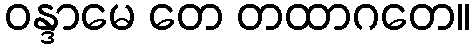
ဝန္ဒာမေ တေ တထာဂတေ။